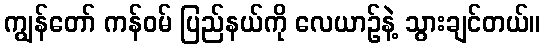
ကျွန်တော် ကန်ဝမ် ပြည်နယ်ကို လေယာဉ်နဲ့ သွားချင်တယ်။